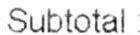
SUBTOTAL